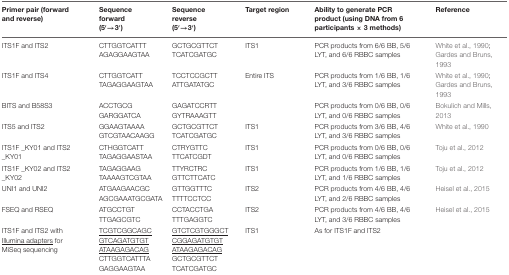
<table><thead><tr><td><b>Primer pair (forward and reverse)</b></td><td><b>Sequence forward (5′→3′)</b></td><td><b>Sequence reverse (5′→3′)</b></td><td><b>Target region</b></td><td><b>Ability to generate PCR product (using DNA from 6 participants × 3 methods)</b></td><td><b>Reference</b></td></tr></thead><tbody><tr><td>ITS1F and ITS2</td><td>CTTGGTCATTTAGAGGAAGTAA</td><td>GCTGCGTTCTTCATCGATGC</td><td>ITS1</td><td>PCR products from 6/6 BB, 5/6 LYT, and 6/6 RBBC samples</td><td>White et al., 1990; Gardes and Bruns, 1993</td></tr><tr><td>ITS1F and ITS4</td><td>CTTGGTCATTTAGAGGAAGTAA</td><td>TCCTCCGCTTATTGATATGC</td><td>Entire ITS</td><td>PCR products from 1/6 BB, 1/6 LYT, and 3/6 RBBC samples</td><td>White et al., 1990; Gardes and Bruns, 1993</td></tr><tr><td>BITS and B58S3</td><td>ACCTGCGGARGGATCA</td><td>GAGATCCRTTGYTRAAAGTT</td><td></td><td>PCR products from 0/6 BB, 0/6 LYT, and 0/6 RBBC samples</td><td>Bokulich and Mills, 2013</td></tr><tr><td>ITS5 and ITS2</td><td>GGAAGTAAAAGTCGTAACAAGG</td><td>GCTGCGTTCTTCATCGATGC</td><td>ITS1</td><td>PCR products from 3/6 BB, 4/6 LYT, and 3/6 RBBC samples</td><td>White et al., 1990</td></tr><tr><td>ITS1F _KY01 and ITS2 _KY01</td><td>CTHGGTCATTTAGAGGAASTAA</td><td>CTRYGTTCTTCATCGDT</td><td>ITS1</td><td>PCR products from 0/6 BB, 0/6 LYT, and 0/6 RBBC samples</td><td>Toju et al., 2012</td></tr><tr><td>ITS1F _KY02 and ITS2 _KY02</td><td>TAGAGGAAGTAAAAGTCGTAA</td><td>TTYRCTRCGTTCTTCATC</td><td>ITS1</td><td>PCR products from 1/6 BB, 1/6 LYT, and 1/6 RBBC samples</td><td>Toju et al., 2012</td></tr><tr><td>UNI1 and UNI2</td><td>ATGAAGAACGCAGCGAAATGCGATA</td><td>GTTGGTTTCTTTTCCTCC</td><td>ITS2</td><td>PCR products from 4/6 BB, 4/6 LYT, and 2/6 RBBC samples</td><td>Heisel et al., 2015</td></tr><tr><td>FSEQ and RSEQ</td><td>ATGCCTGTTTGAGCGTC</td><td>CCTACCTGATTTGAGGTC</td><td>ITS2</td><td>PCR products from 4/6 BB, 4/6 LYT, and 3/6 RBBC samples</td><td>Heisel et al., 2015</td></tr><tr><td>ITS1F and ITS2 with <underline>Illumina adapters</underline> for MiSeq sequencing</td><td><underline>TCGTCGGCAGCGTCAGATGTGTATAAGAGACAG</underline>CTTGGTCATTTAGAGGAAGTAA</td><td><underline>GTCTCGTGGGCTCGGAGATGTGTATAAGAGACAG</underline>GCTGCGTTCTTCATCGATGC</td><td>ITS1</td><td>As for ITS1F and ITS2</td><td></td></tr></tbody></table>